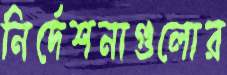
নির্দেশনাগুলোর